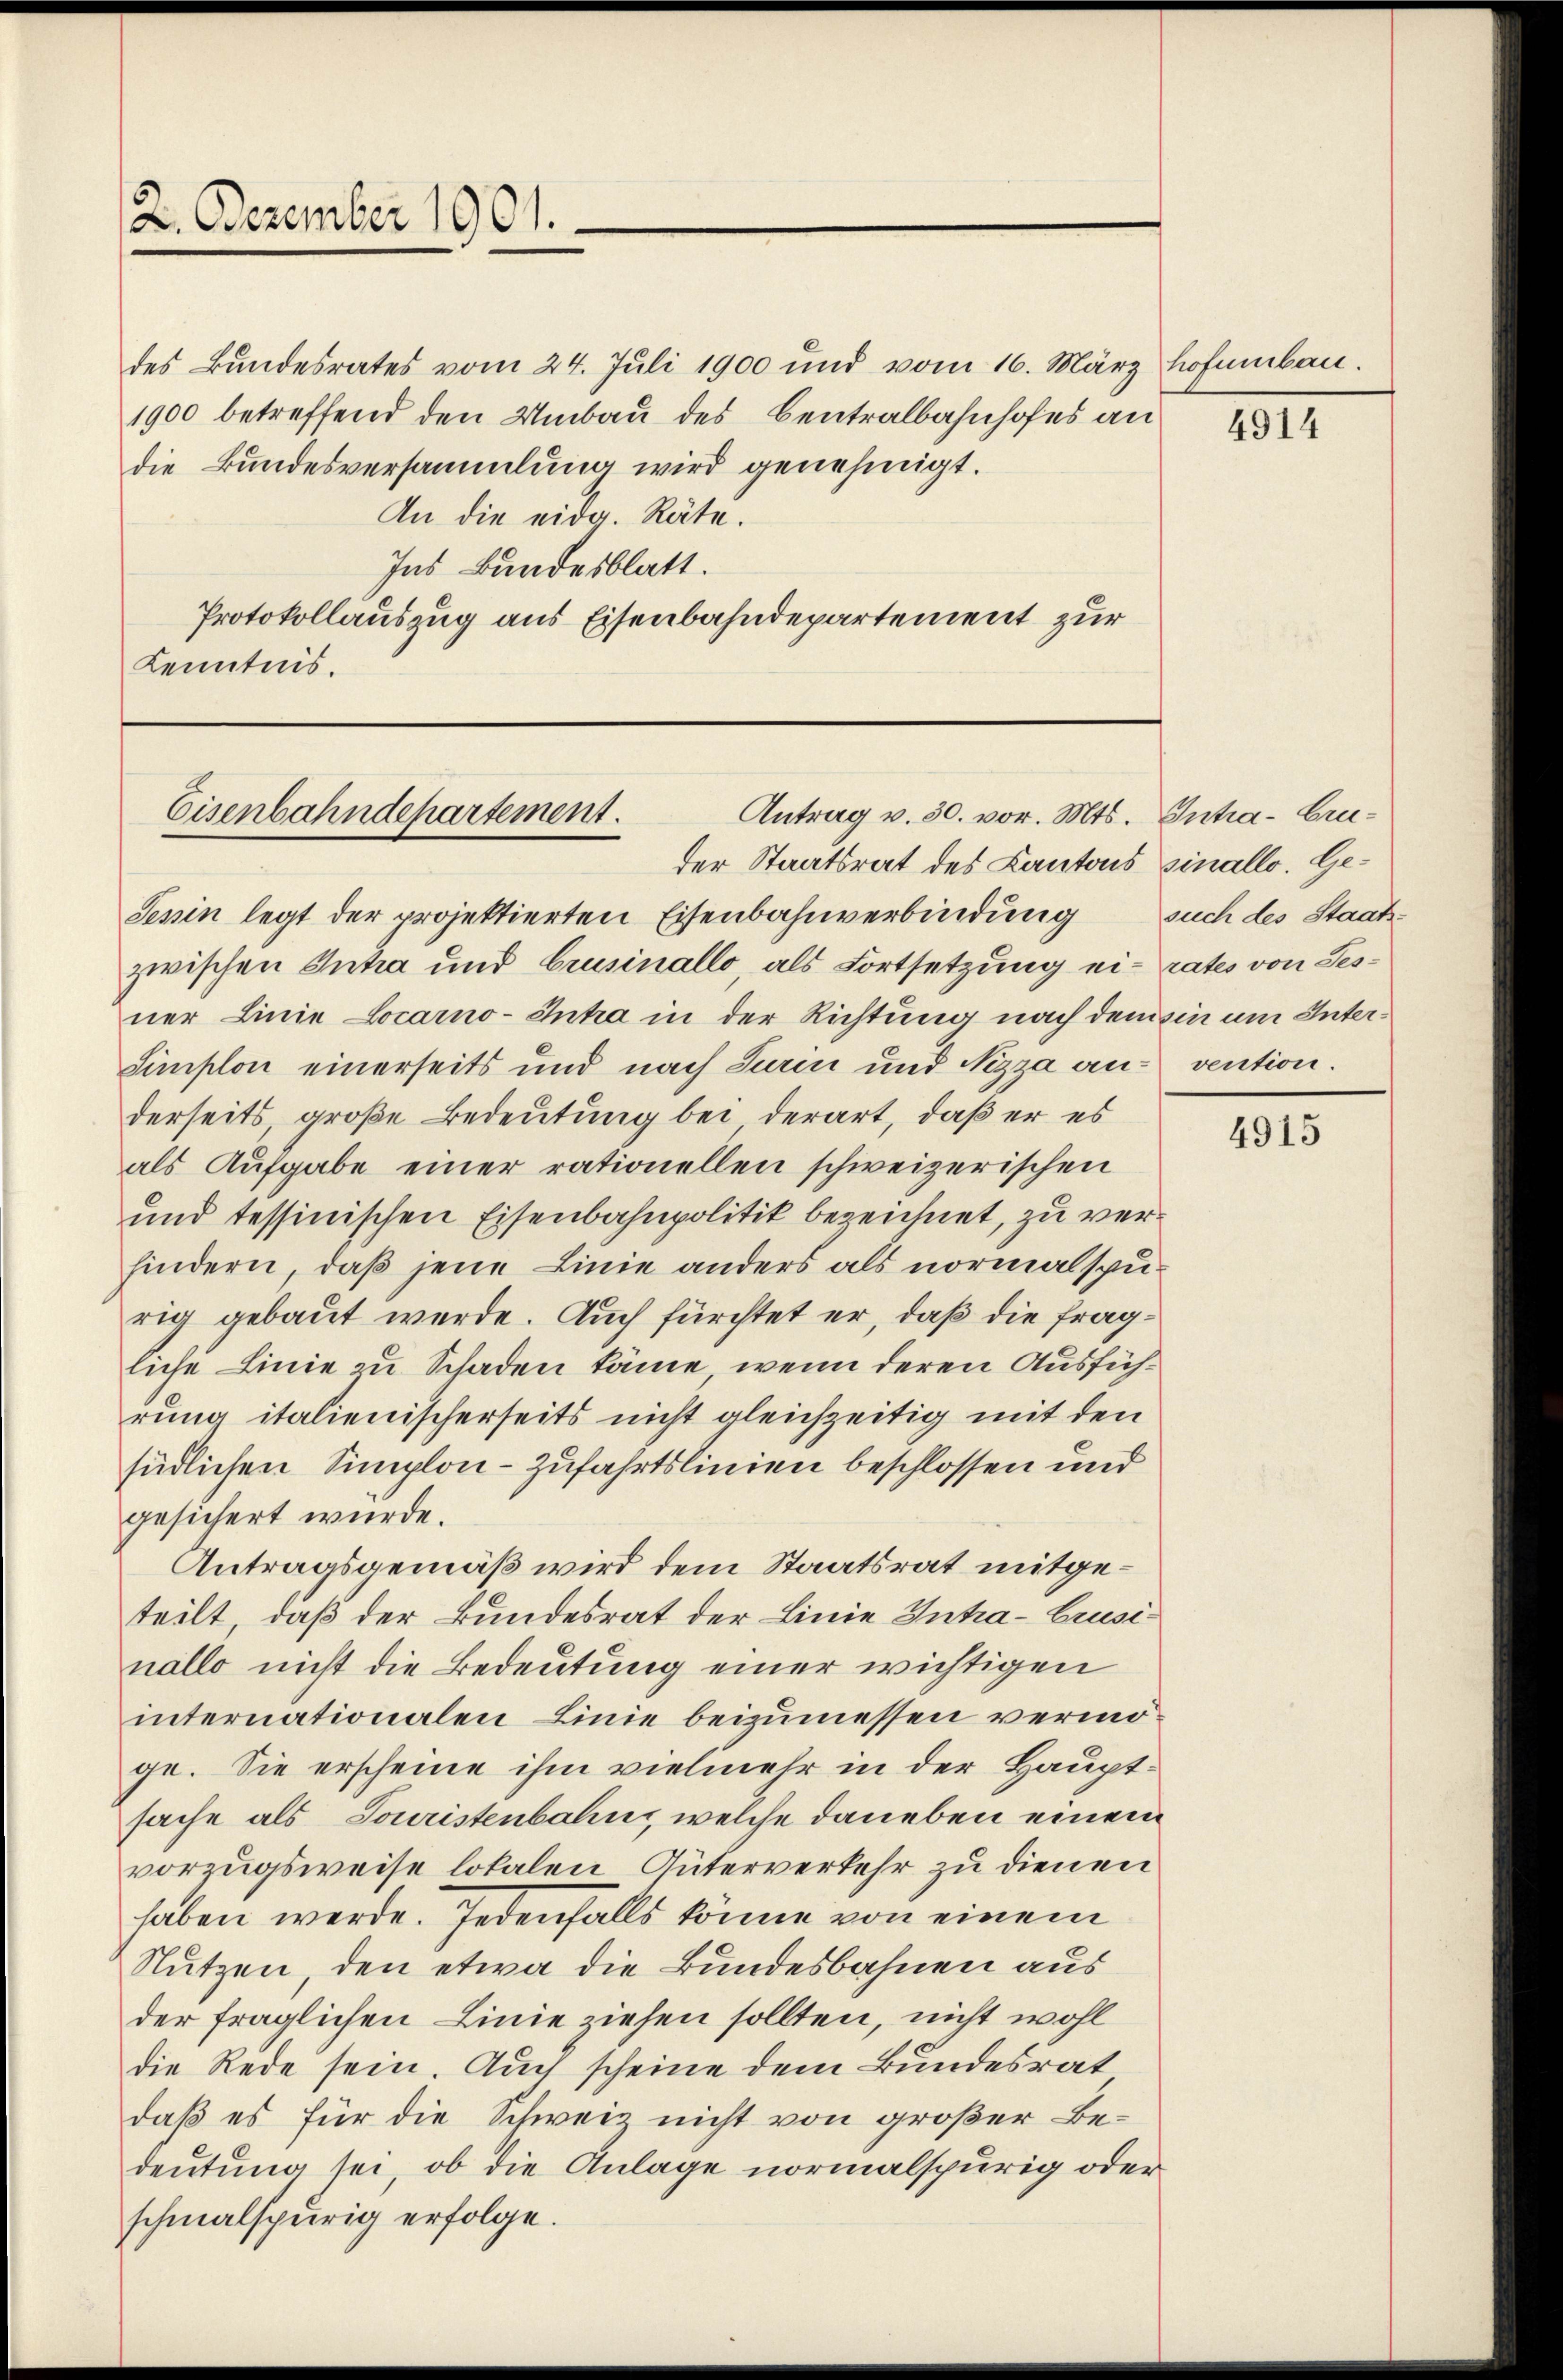
2. Dezember 1901.

des Bundesrates vom 24. Juli 1900 und vom 16. März hofenbau.
1900 betreffend den Umbau des Centralbahnhofes an
die Bundesversammlung wird genehmigt.
An die eidg. Räte.
Ins Bundesblatt.
Protokollauszug aus Eisenbahndepartement zur
Kenntnis.

Eisenbahndepartement.

Antrag v. 30. vor. Mts. Intra-Gru¬

der Staatsrat des Kantons sinallo. Ge¬
Sepin legt der projektierten Eisenbahnverbindung such des Staatszwischen Intra und brusinallo, als Fortsetzung eirates von Gesner Linie Locarno-Inhra in der Richtung nach dem ein um Inter¬
Simplon einerseits und nach Turin und Nizza an vention.
derseits, große Bedeutung bei derart, daß er es
als Aufgabe einer rationellen schweizerischen
und tessinischen Eisenbahnpolitik bezeichnet, zu verhindern, daß jene Linie anders als normalspurig gebaut werde. Auch fürchtet er, daß die fragliche Linie zu Schaden käme, wenn deren Ausführung italienischerseits nicht gleichzeitig mit den
südlichen Simplon - zufahrtslinien beschlossen und
gesichert wurde.
Antragsgemäß wird dem Staatsrat mitgeteilt, daß der Bundesrat der Linie Intra-Grusinallo nicht die Bedeutung einer wichtigen
internationalen Linie beizumessen vermöge. Sie erscheine ihm vielmehr in der Hauptsache als Touristenbahn, welche daneben einem
vorzugsweise lokalen Güterverkehr zu dienen
haben werde. Jedenfalls könne von einem
Nutzen, den etwa die Bundesbahnen aus
der fraglichen Linie ziehen sollten, nicht wohl
die Rede sein. Auch scheine dem Bundesrat
daß es für die Schweiz nicht von großer Bedeutung sei, ob die Anlage normalspurig oder
schmalspurig erfolge.

4914

4915